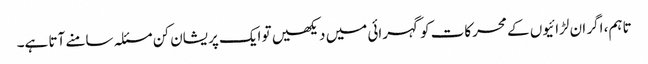
تاہم، اگر ان لڑائیوں کے محرکات کو گہرائی میں دیکھیں تو ایک پریشان کن مسئلہ سامنے آتا ہے۔